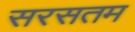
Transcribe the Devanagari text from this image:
सरसतम